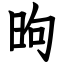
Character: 昫